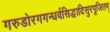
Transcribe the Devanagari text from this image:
गरुडोरगगन्धर्वसिद्धादिसुरपूजितम्